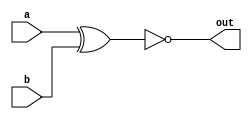
module xnor_1(a,b,out);
  input a,b;
  output out;
  assign out = ~(a^b);
endmodule